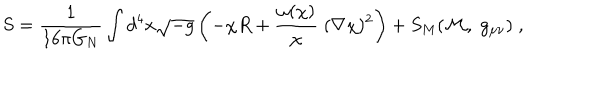
S = \frac { 1 } { 1 6 \pi G _ { N } } \int d ^ { 4 } x \sqrt { - g } \left( - \chi R + \frac { \omega ( \chi ) } { \chi } \; ( \nabla \chi ) ^ { 2 } \right) + S _ { M } ( { \cal M } , \; g _ { \mu \nu } ) \; ,